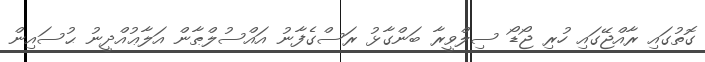
ގޮތުގައި ރާއްޖޭގައި ހުރި ޖޯޑޯ ސިލްވީރާ ބަންގާޅު ރަސްގެފާނު އައްސުލްޠާން އަލާޢުއްދީނު ޙުސައިން